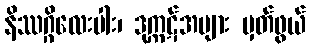
နိဿဂ္ဂိလေးပါး၊ ဒုက္ကဋ်အများ မှတ်ဖွယ်